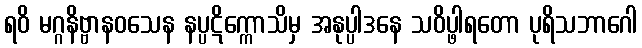
ရဝိ မဂ္ဂနိဗ္ဗာနဝသေန နပ္ပဋိက္ကောသိမှ အနုပ္ပါဒနေ သဝိပ္ဖါရတော ပုရိသဘာဂေါ